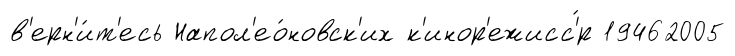
в'ерн'и́т'есь Напол'ео́новск'их к'инор'ежисс'́р 19462005